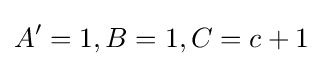
A'=1,B=1,C=c+1